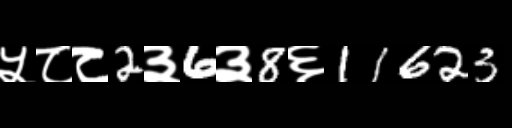
Text: ५८८2३6३8६11623